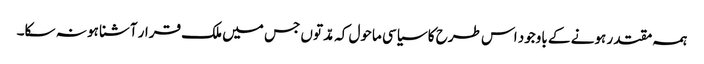
ہمہ مقتدر ہونے کے باوجود اس طرح کا سیاسی ماحول کہ مدّتوں جس میں ملک قرار آشنا ہو نہ سکا۔